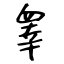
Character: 睾